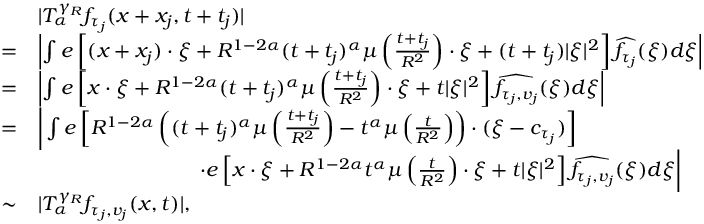
\begin{array} { r l } & { | T _ { \alpha } ^ { \gamma _ { R } } f _ { \tau _ { j } } ( x + x _ { j } , t + t _ { j } ) | } \\ { = } & { \left| \int e \left[ ( x + x _ { j } ) \cdot \xi + R ^ { 1 - 2 \alpha } ( t + t _ { j } ) ^ { \alpha } \mu \left( \frac { t + t _ { j } } { R ^ { 2 } } \right) \cdot \xi + ( t + t _ { j } ) | \xi | ^ { 2 } \right] \widehat { f _ { \tau _ { j } } } ( \xi ) d \xi \right| } \\ { = } & { \left| \int e \left[ x \cdot \xi + R ^ { 1 - 2 \alpha } ( t + t _ { j } ) ^ { \alpha } \mu \left( \frac { t + t _ { j } } { R ^ { 2 } } \right) \cdot \xi + t | \xi | ^ { 2 } \right] \widehat { f _ { \tau _ { j } , v _ { j } } } ( \xi ) d \xi \right| } \\ { = } & { \bigg | \int e \left[ R ^ { 1 - 2 \alpha } \left( ( t + t _ { j } ) ^ { \alpha } \mu \left( \frac { t + t _ { j } } { R ^ { 2 } } \right) - t ^ { \alpha } \mu \left( \frac { t } { R ^ { 2 } } \right) \right) \cdot ( \xi - c _ { \tau _ { j } } ) \right] } \\ & { \quad \quad \quad \quad \quad \quad \quad \quad \cdot e \left[ x \cdot \xi + R ^ { 1 - 2 \alpha } t ^ { \alpha } \mu \left( \frac { t } { R ^ { 2 } } \right) \cdot \xi + t | \xi | ^ { 2 } \right] \widehat { f _ { \tau _ { j } , v _ { j } } } ( \xi ) d \xi \bigg | } \\ { \sim } & { | T _ { \alpha } ^ { \gamma _ { R } } f _ { \tau _ { j } , v _ { j } } ( x , t ) | , } \end{array}